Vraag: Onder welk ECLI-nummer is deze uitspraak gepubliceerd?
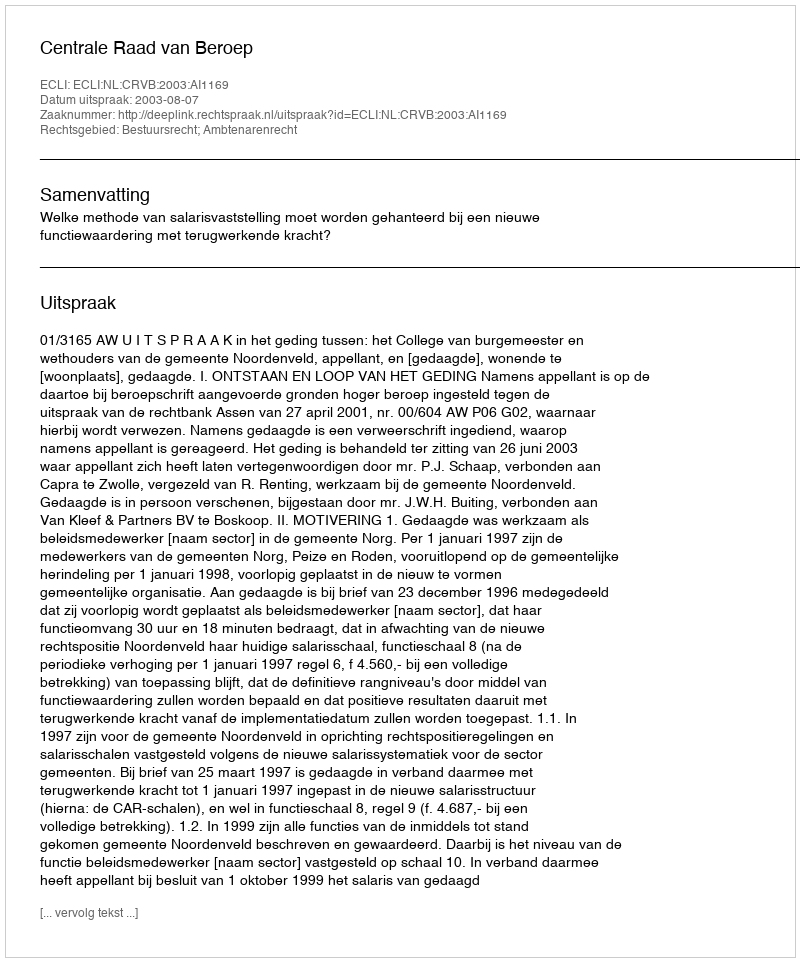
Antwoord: ECLI:NL:CRVB:2003:AI1169